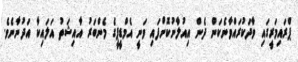
ޕްރައިމަރީގައި ވާދަކުރައްވާނެކަން ދެން އިއުލާނުކޮށްފައި ވަނީ އެމްޑީޕީގެ މެންބަރު އާއިޝަތު އަލައިކާ އަދުނާނެވެ.